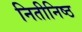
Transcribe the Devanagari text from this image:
नितीनिष्ठ